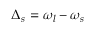
\Delta _ { s } = \omega _ { l } - \omega _ { s }